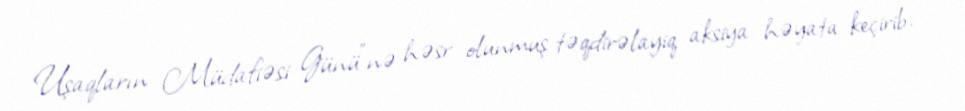
Uşaqların Müdafiəsi Günü”nə həsr olunmuş təqdirəlayiq aksiya həyata keçirib.